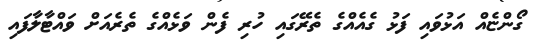
ގޯންޏެއް އަޅުވައި ފަޅު ގެއެއްގެ ތެރޭގައި ހުރި ފެން ވަޅެއްގެ ތެރެއަށް ވައްޓާލާފައި